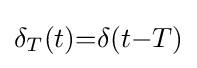
\delta _{T}(t){=}\delta (t{-}T)